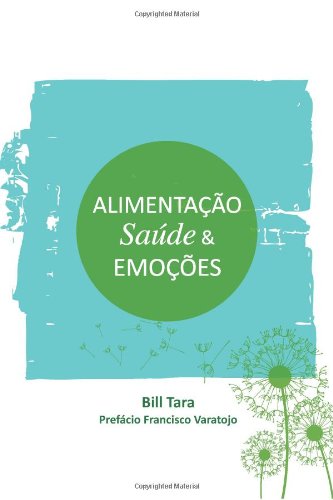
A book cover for Alimentacao, Saude e Emocoes (Portuguese Edition); Bill Tara; Health, Fitness & Dieting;